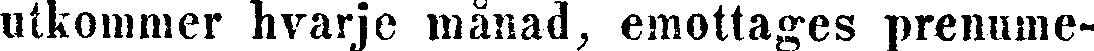
utkommer hvarje månad, emottages prenume-